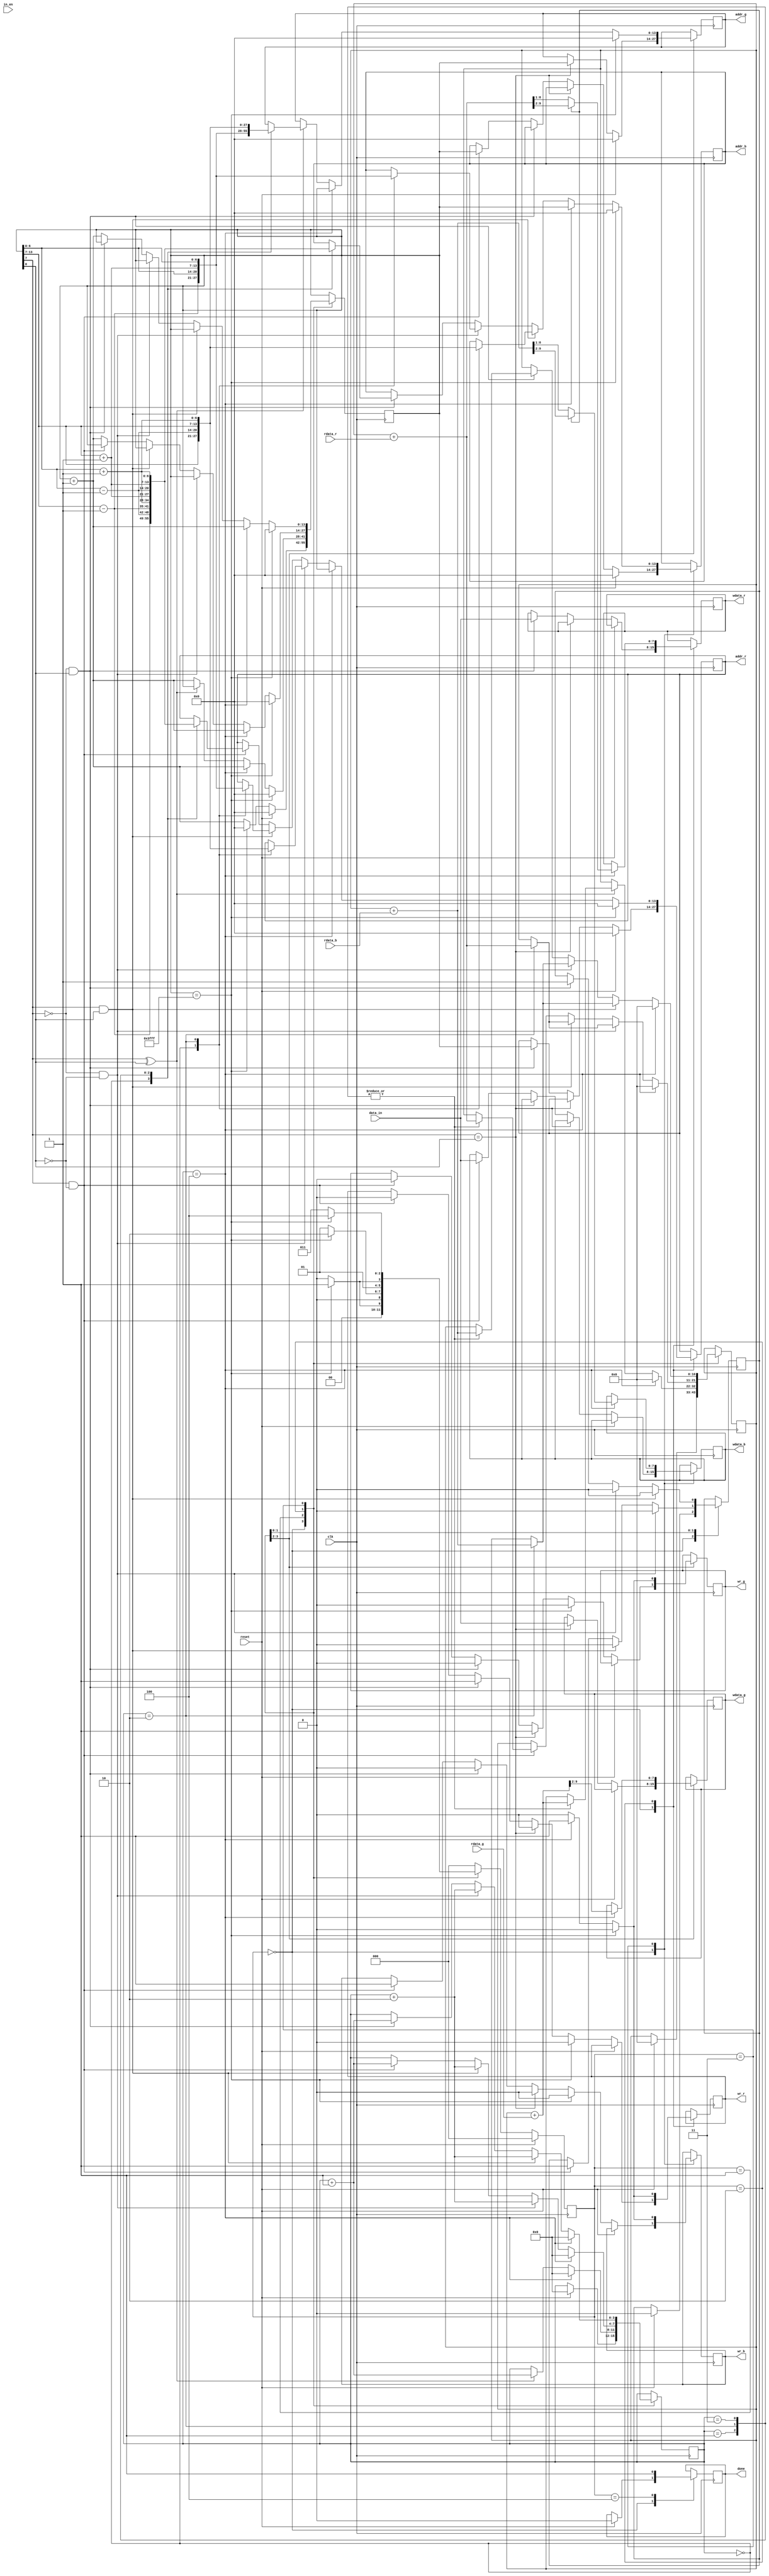
module demosaic(clk, reset, in_en, data_in, wr_r, addr_r, wdata_r, rdata_r, wr_g, addr_g, wdata_g, rdata_g, wr_b, addr_b, wdata_b, rdata_b, done);
input clk;
input reset;
input in_en;
input [7:0] data_in;

output reg wr_r;
output reg [13:0] addr_r;
output reg [7:0] wdata_r;
input [7:0] rdata_r;

output reg wr_g;
output reg [13:0] addr_g;
output reg [7:0] wdata_g;
input [7:0] rdata_g;

output reg wr_b;
output reg [13:0] addr_b;
output reg [7:0] wdata_b;
input [7:0] rdata_b;
output reg done;

//-----------------------------------------------//
//--------------------Hsuan----------------------//
//-----------------------------------------------//

reg div;
reg [2:0] state, nextState;
reg [3:0] ref;
reg [10:0] sum;
reg [13:0] counter;

localparam INIT = 3'd0;
localparam GREEN_PAD = 3'd1;
localparam RED_PAD = 3'd2;
localparam BLUE_PAD = 3'd3;
localparam FINISH = 3'd4;

always @(posedge clk) begin
    if(reset) state <= INIT;
    else state <= nextState;
end

always @(posedge clk) begin
    case(state)
        INIT: begin
            if(reset) begin
                counter <= 0;
                addr_r <= 0;
                addr_g <= 0;
                addr_b <= 0;
                ref <= 0;
                div <= 0;
                sum <= 0;
                done <= 0;
            end 
            else begin
                counter <= counter + 14'b1;
                if(counter[7]==counter[0]) begin // save in green
                    wr_r <= 0;
                    wr_g <= 1;
                    wr_b <= 0;
                    addr_g <= counter;
                    wdata_g <= data_in;
                end
                else if(counter[7]==0 && counter[0]==1) begin // save in red
                    wr_r <= 1;
                    wr_g <= 0;
                    wr_b <= 0;
                    addr_r <= counter;
                    wdata_r <= data_in;
                end
                else if(counter[7]==1 && counter[0]==0) begin // save in blue
                    wr_r <= 0;
                    wr_g <= 0;
                    wr_b <= 1;
                    addr_b <= counter;
                    wdata_b <= data_in;
                end
                if(counter == 16383) begin
                    wr_r <= 0;
                    wr_g <= 0;
                    wr_b <= 0;
                    counter <= 0;
                end
            end
        end
    //GREEN
        GREEN_PAD: begin
            if( counter[7] ^ counter[0] ) begin
                case(ref)
                    0: begin //up
                        addr_g <= {counter[13:7]-7'd1, counter[6:0]};
                    end
                    1: begin //down
                        addr_g <= {counter[13:7]+7'd1, counter[6:0]};
                        sum <= sum + rdata_g;
                    end
                    2: begin //left
                        addr_g <= {counter[13:7], counter[6:0]-7'd1};
                        sum <= sum + rdata_g;
                    end
                    3: begin //right
                        addr_g <=  {counter[13:7], counter[6:0]+7'd1};
                        sum <= sum + rdata_g;
                    end
                endcase
                ref <= ref + 4'd1;
            end
            else begin
                counter <= counter + 1;
            end

            if(ref == 4'd4) begin
                ref <= 0;
                counter <= counter + 1;
                sum <= 0;
                wr_g <= 1;
                addr_g <= counter;
                wdata_g <= (sum + rdata_g) >> 2;
            end
            else begin
                wr_g <= 0;
            end

            if(counter == 16383) begin
                counter <= 0;
                wr_g <= 0;
                addr_g <= 0;
            end
        end
    // RED
        RED_PAD: begin
            if( counter[7]==0 && counter[0]==0 ) begin   // left-right
                case(ref)
                    0: begin //left
                        addr_r <= {counter[13:7], counter[6:0]-7'd1};
                    end
                    2: begin //right
                        addr_r <= {counter[13:7],  counter[6:0]+7'd1};
                        sum <= sum + rdata_r;
                    end
                endcase
                div <= 0;
                ref <= ref + 4'd2;
            end
            else if(counter[7]==1 && counter[0]==1) begin  // up-down
                case(ref)
                    0: begin //up
                        addr_r <= {counter[13:7]-7'd1, counter[6:0]};
                    end
                    2: begin //down
                        addr_r <= {counter[13:7]+7'd1, counter[6:0]};
                        sum <= sum + rdata_r;
                    end
                endcase
                div <= 0;
                ref <= ref + 4'd2;
            end
            else if(counter[7]==1 && counter[0]==0) begin // four-corner
                case(ref)
                    0: begin //up-left
                        addr_r <= {counter[13:7]-7'd1, counter[6:0]-7'd1};
                    end
                    1: begin //up-right
                        addr_r <= {counter[13:7]-7'd1, counter[6:0]+7'd1};
                        sum <= sum + rdata_r;
                    end
                    2: begin //down-left
                        addr_r <= {counter[13:7]+7'd1, counter[6:0]-7'd1};
                        sum <= sum + rdata_r;
                    end
                    3: begin //down-right
                        addr_r <=  {counter[13:7]+7'd1, counter[6:0]+7'd1};
                        sum <= sum + rdata_r;
                    end
                endcase
                div <= 1;
                ref <= ref + 4'd1;
            end
            else begin
                counter <= counter + 1;
            end

            if(ref == 4'd4) begin
                ref <= 0;
                counter <= counter + 1;
                sum <= 0;
                wr_r <= 1;
                addr_r <= counter;
                if(div) wdata_r <= (sum + rdata_r) >> 2;
                else wdata_r <= (sum + rdata_r) >> 1;
            end
            else begin
                wr_r <= 0;
            end

            if(counter == 16383) begin
                counter <= 0;
                wr_r <= 0;
                addr_r <= 0;
            end
        end
    // BLUE
        BLUE_PAD: begin
            if( counter[7]==1 && counter[0]==1 ) begin  // left-right
                case(ref)
                    0: begin //left
                        addr_b <= {counter[13:7], counter[6:0]-7'd1};
                    end
                    2: begin //right
                        addr_b <= {counter[13:7], counter[6:0]+7'd1};
                        sum <= sum + rdata_b;
                    end
                endcase
                div <= 0;
                ref <= ref + 4'd2;
            end
            else if(counter[7]==0 && counter[0]==0) begin // up-down
                case(ref)
                    0: begin //up
                        addr_b <= {counter[13:7]-7'd1, counter[6:0]};
                    end
                    2: begin //down
                        addr_b <= {counter[13:7]+7'd1, counter[6:0]};
                        sum <= sum + rdata_b;
                    end
                endcase
                div <= 0;
                ref <= ref + 4'd2;
            end
            else if(counter[7]==0 && counter[0]==1) begin // four-corner
                case(ref)
                    0: begin //up-left
                        addr_b <= {counter[13:7]-7'd1, counter[6:0]-7'd1};
                    end
                    1: begin //up-right
                        addr_b <= {counter[13:7]-7'd1, counter[6:0]+7'd1};
                        sum <= sum + rdata_b;
                    end
                    2: begin //down-left
                        addr_b <= {counter[13:7]+7'd1, counter[6:0]-7'd1};
                        sum <= sum + rdata_b;
                    end
                    3: begin //down-right
                        addr_b <=  {counter[13:7]+7'd1, counter[6:0]+7'd1};
                        sum <= sum + rdata_b;
                    end
                endcase
                div <= 1;
                ref <= ref + 4'd1;
            end
            else begin
                counter <= counter + 1;
            end

            if(ref == 4'd4) begin
                ref <= 0;
                counter <= counter + 1;
                sum <= 0;
                wr_b <= 1;
                addr_b <= counter;
                if(div) wdata_b <= (sum + rdata_b) >> 2;
                else wdata_b <= (sum + rdata_b) >> 1;
            end
            else begin
                wr_b <= 0;
            end
            if(counter == 16383) begin
                counter <= 0;
                wr_b <= 0;
                addr_b <= 0;
            end
        end

        FINISH: begin
            done <= 1;
        end
    endcase
end

always@(*) begin
    case(state)
        INIT: begin
            nextState = (counter==16383)? GREEN_PAD : INIT;
        end
        GREEN_PAD: begin
            nextState = (counter==16383)? RED_PAD : GREEN_PAD;
        end
        RED_PAD: begin
            nextState = (counter==16383)? BLUE_PAD : RED_PAD;
        end
        BLUE_PAD: begin
            nextState = (counter==16383)? FINISH : BLUE_PAD;
        end
        default: nextState = INIT;
    endcase
end

endmodule